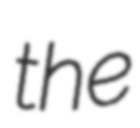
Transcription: the